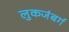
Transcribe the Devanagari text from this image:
लुकजंबर्ग